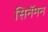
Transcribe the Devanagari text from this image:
सिनॅमन